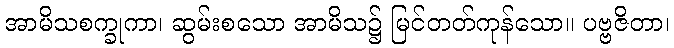
အာမိသစက္ခုကာ၊ ဆွမ်းစသော အာမိသ၌ မြင်တတ်ကုန်သော။ ပဗ္ဗဇိတာ၊